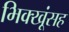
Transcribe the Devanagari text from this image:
भिक्खूंसह